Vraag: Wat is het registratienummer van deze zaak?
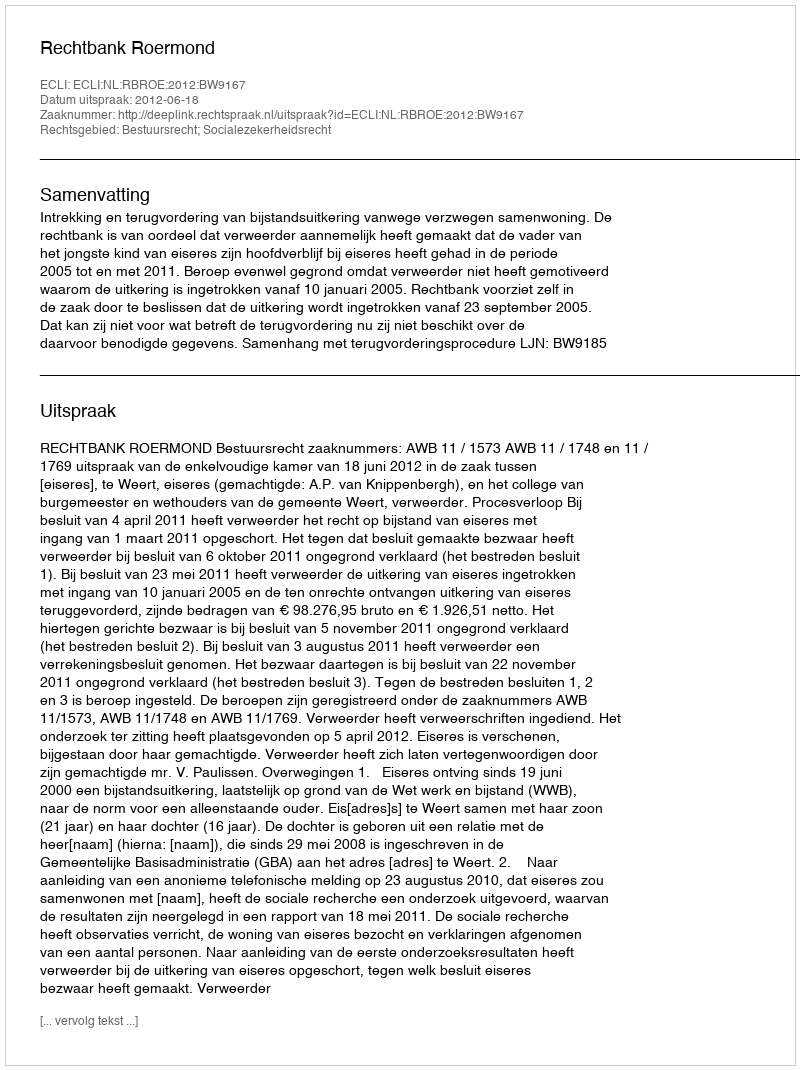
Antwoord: http://deeplink.rechtspraak.nl/uitspraak?id=ECLI:NL:RBROE:2012:BW9167